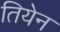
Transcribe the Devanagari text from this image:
तियेन